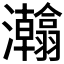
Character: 𱪗